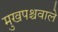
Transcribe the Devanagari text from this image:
मुखपश्चवाले